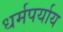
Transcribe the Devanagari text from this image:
धर्मपर्याय